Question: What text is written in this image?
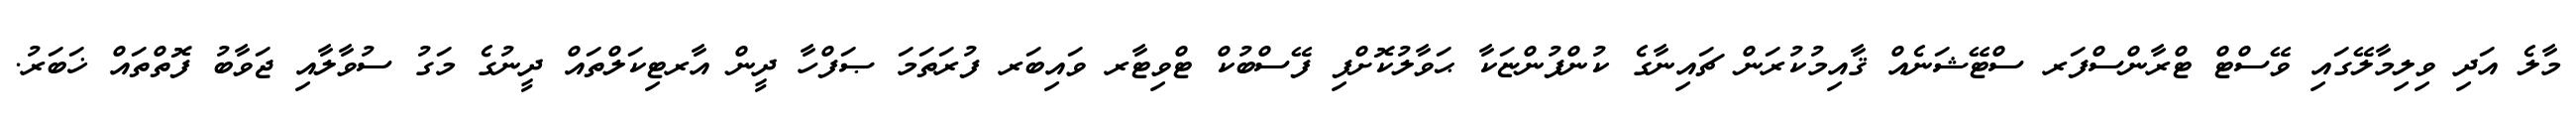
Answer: މާލެ އަދި ވިލިމާލޭގައި ވޭސްޓް ޓްރާންސްފަރ ސްޓޭޝަނެއް ޤާއިމުކުރަން ޗައިނާގެ ކުންފުންޏަކާ ޙަވާލުކޮށްފި ފޭސްބުކް ޓްވިޓާރ ވައިބަރ ފުރަތަމަ ޞަފްހާ ދީން އާރޓިކަލްތައް ދީނުގެ މަގު ސުވާލާއި ޖަވާބު ފޮތްތައް ޚަބަރު.